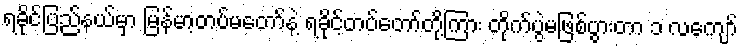
ရခိုင်ပြည်နယ်မှာ မြန်မာ့တပ်မတော်နဲ့ ရခိုင့်တပ်တော်တို့ကြား တိုက်ပွဲမဖြစ်ပွားတာ ၁ လကျော်